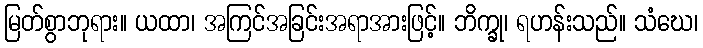
မြတ်စွာဘုရား။ ယထာ၊ အကြင်အခြင်းအရာအားဖြင့်။ ဘိက္ခု၊ ရဟန်းသည်။ သံဃေ၊